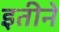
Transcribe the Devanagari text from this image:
इतीने